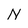
Character: N